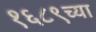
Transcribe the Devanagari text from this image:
१६८९च्या